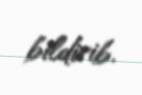
bildirib.